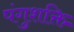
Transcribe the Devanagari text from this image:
पंगुशक्ति